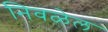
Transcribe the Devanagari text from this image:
निवळेल